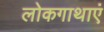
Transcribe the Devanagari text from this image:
लोकगाथाएं